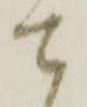
て